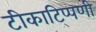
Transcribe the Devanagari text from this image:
टीकाटि्प्पणी